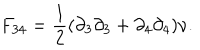
F _ { 3 4 } = { \frac { 1 } { 2 } } ( \partial _ { 3 } \partial _ { 3 } + \partial _ { 4 } \partial _ { 4 } ) \nu .